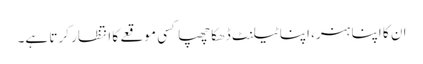
ان کا اپنا ہنر، اپنا ٹیلنٹ ڈھکا چھپا کسی موقعے کا انتظار کرتا ہے۔